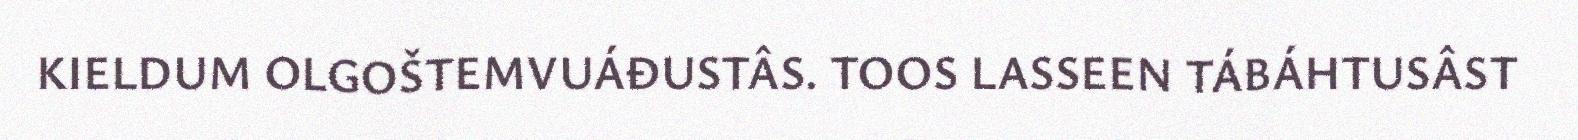
KIELDUM OLGOŠTEMVUÁĐUSTÂS. TOOS LASSEEN TÁBÁHTUSÂST